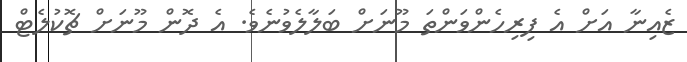
ޒެއިނާ އަށް އެ ފިރިހެންވަންތަ މޫނަށް ބަލާލެވުނެވެ. އެ ދޮން މޫނަށް ޗޮކުލެޓް